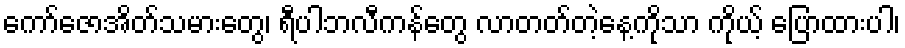
ကော်ဇောအိတ်သမားတွေ၊ ရီပါဘလီကန်တွေ လာတတ်တဲ့နေ့ကိုသာ ကိုယ့် ပြောထားပါ၊